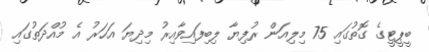
ބީޕީޓީގެ ގޮތުގައި 75 މިލިއަން ރުފިޔާ ލިބިފައިވާއިރު މިދިޔަ އަހަރު އެ މުއްދަތުގައި